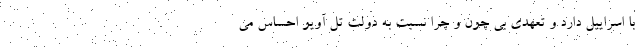
با اسراییل دارد و تعهدی بی چون و چرا نسبت به دولت تل آویو احساس می